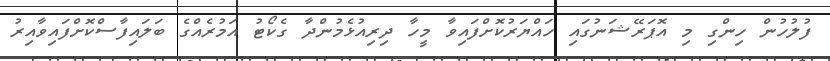
ފުލުހުން ހިންގި މި އޮޕަރޭޝަނުގައި ހައްޔަރުކޮށްފައިވާ މީހާ ދިރިއުޅެމުންދާ ގެކޯޓު އަމުރެއްގެ ބަލައިފާސްކޮށްފައިވާއިރު